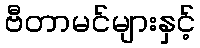
ဗီတာမင်များနှင့်